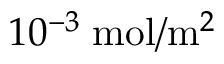
1 0 ^ { - 3 } \; \mathrm { m o l } / \mathrm { m } ^ { 2 }